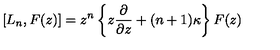
[ L _ { n } , F ( z ) ] = z ^ { n } \left\{ z \frac { \partial } { \partial z } + ( n + 1 ) \kappa \right\} F ( z )